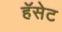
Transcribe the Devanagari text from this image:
हॅसेट